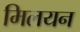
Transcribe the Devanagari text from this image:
मिलयन